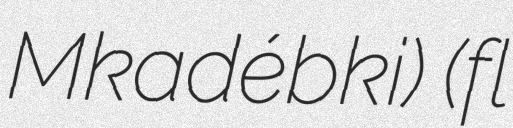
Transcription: Mkadébki) (fl